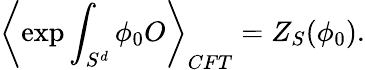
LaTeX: \left\langle\exp\int_{S^{d}}\phi_{0}O\right\rangle_{CFT}=Z_{S}(\phi_{0}).